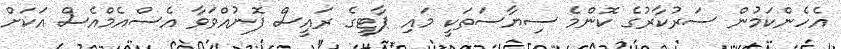
އެހެންކަމުން ސަރުކާރުގެ ކޮންމެ ސިޔާސަތަކީ މައި ޕާޓީގެ ރައީސް ފޮނުއްވަވާ އެސްއެމްއެސް އަކަށް